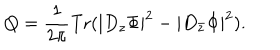
Q = \frac { 1 } { 2 \pi } \mathrm { T r } ( | D _ { z } \Phi | ^ { 2 } - | D _ { \bar { z } } \Phi | ^ { 2 } ) .